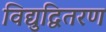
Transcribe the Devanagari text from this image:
विद्युद्वितरण